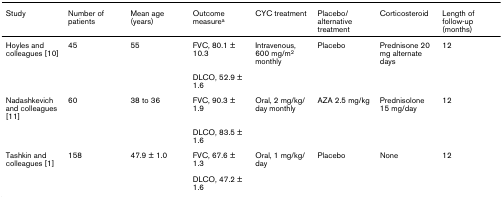
<table><thead><tr><td><b>Study</b></td><td><b>Number of patients</b></td><td><b>Mean age (years)</b></td><td><b>Outcome measure<sup>a</sup></b></td><td><b>CYC treatment</b></td><td><b>Placebo/alternative treatment</b></td><td><b>Corticosteroid</b></td><td><b>Length of follow-up (months)</b></td></tr></thead><tbody><tr><td>Hoyles and colleagues [10]</td><td>45</td><td>55</td><td>FVC, 80.1 ± 10.3</td><td>Intravenous, 600 mg/m<sup>2 </sup>monthly</td><td>Placebo</td><td>Prednisone 20 mg alternate days</td><td>12</td></tr><tr><td></td><td></td><td></td><td>DLCO, 52.9 ± 1.6</td><td></td><td></td><td></td><td></td></tr><tr><td>Nadashkevich and colleagues [11]</td><td>60</td><td>38 to 36</td><td>FVC, 90.3 ± 1.9</td><td>Oral, 2 mg/kg/day monthly</td><td>AZA 2.5 mg/kg</td><td>Prednisolone 15 mg/day</td><td>12</td></tr><tr><td></td><td></td><td></td><td>DLCO, 83.5 ± 1.6</td><td></td><td></td><td></td><td></td></tr><tr><td>Tashkin and colleagues [1]</td><td>158</td><td>47.9 ± 1.0</td><td>FVC, 67.6 ± 1.3</td><td>Oral, 1 mg/kg/day</td><td>Placebo</td><td>None</td><td>12</td></tr><tr><td></td><td></td><td></td><td>DLCO, 47.2 ± 1.6</td><td></td><td></td><td></td><td></td></tr></tbody></table>